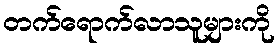
တက်ရောက်လာသူများကို